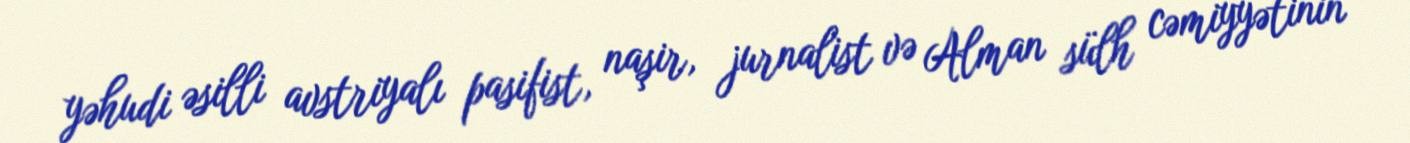
yəhudi əsilli avstriyalı pasifist, naşir, jurnalist və Alman sülh cəmiyyətinin